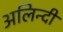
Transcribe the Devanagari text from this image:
अलिन्दी